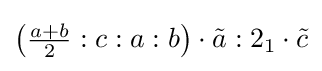
\left({\tfrac {a+b}{2}}:c:a:b\right)\cdot {\tilde {a}}:2_{1}\cdot {\tilde {c}}